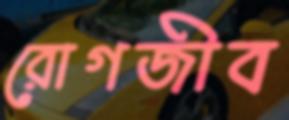
রোগজীব